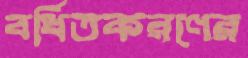
বর্ধিতকরণের